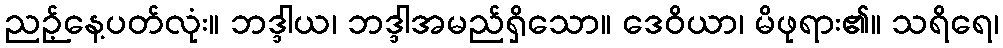
ညဉ့်နေ့ပတ်လုံး။ ဘဒ္ဒါယ၊ ဘဒ္ဒါအမည်ရှိသော။ ဒေဝိယာ၊ မိဖုရား၏။ သရိရေ၊